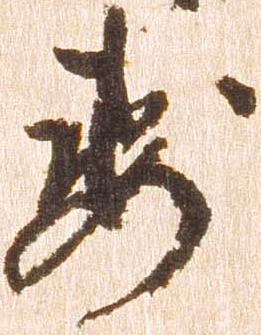
要